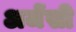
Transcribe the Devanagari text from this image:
अजेंसी